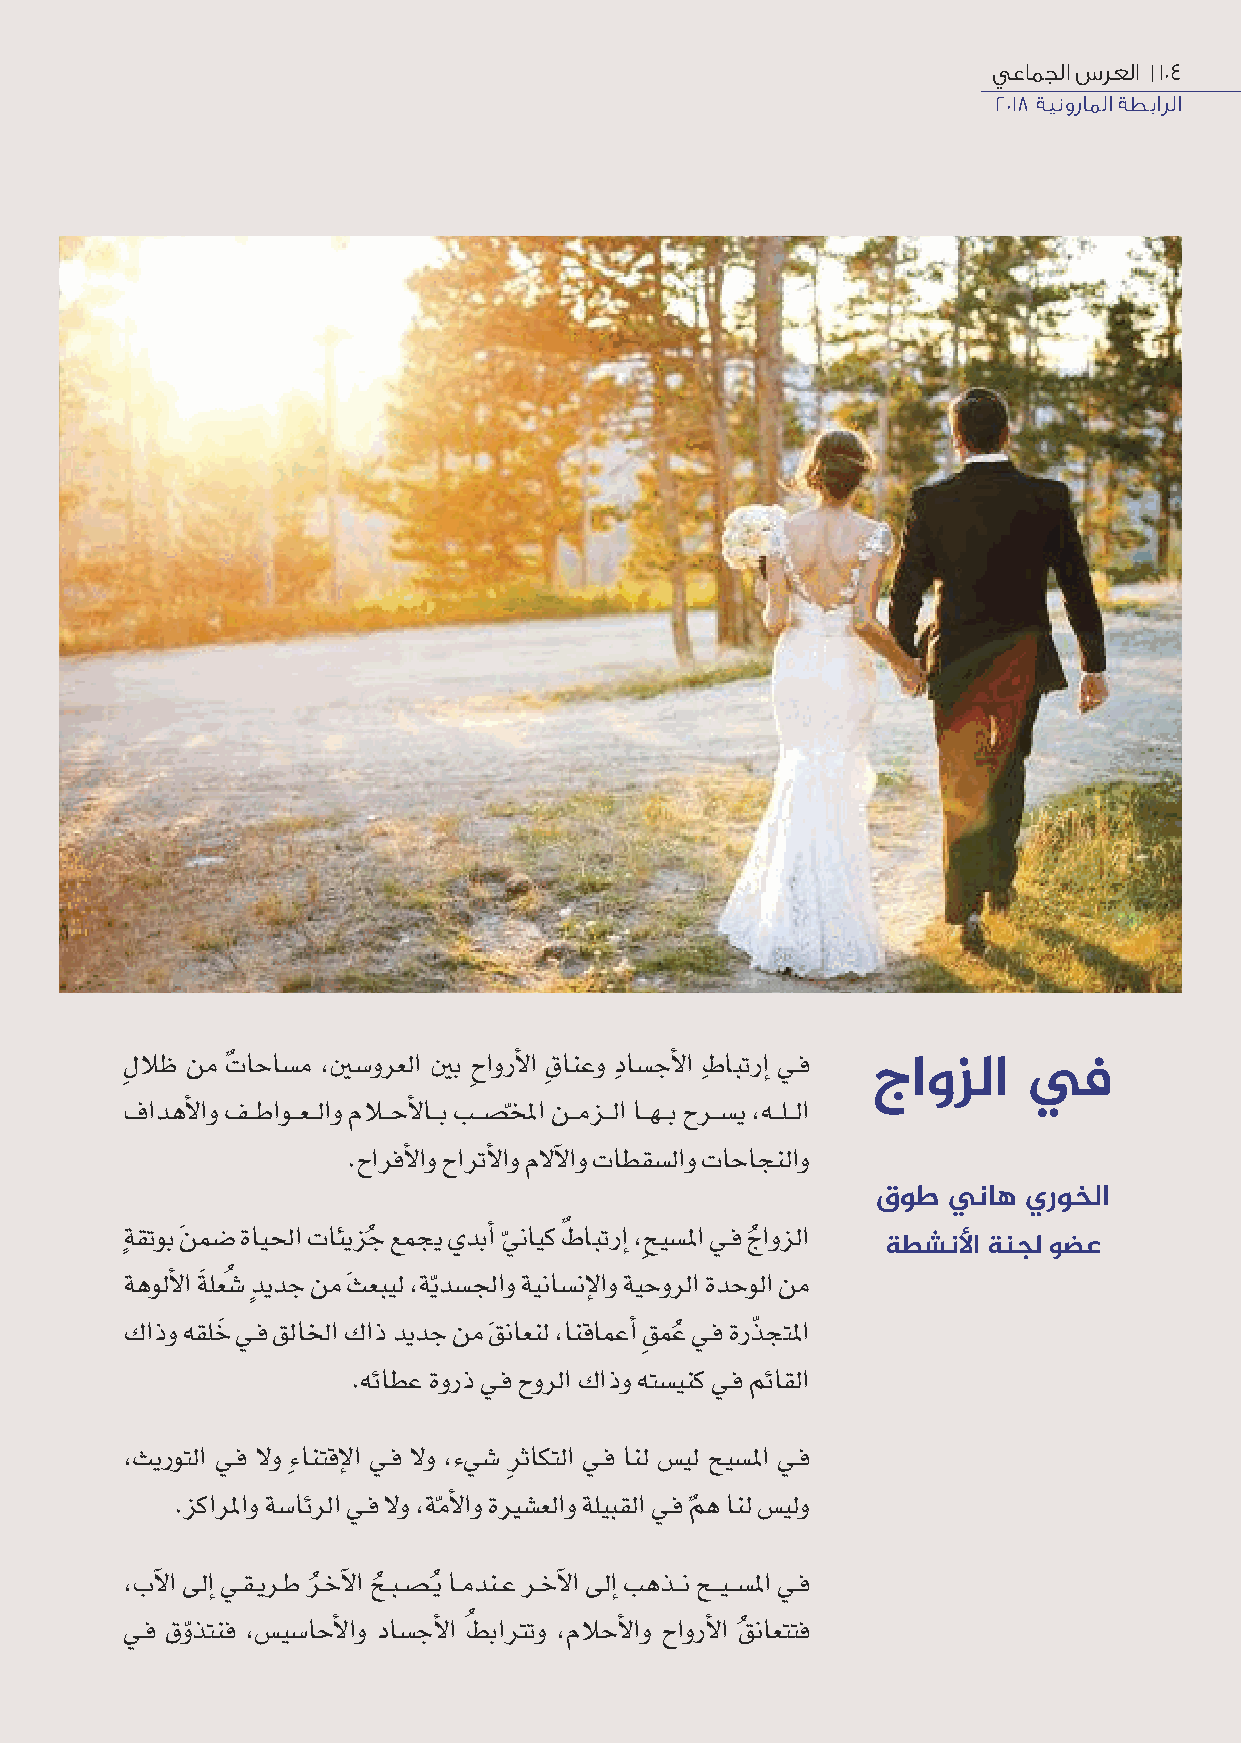
يعامجلا سرعلا |104
 2018 ةينوراملا ةطبارلا
 ِلظ نم تٌ احاسسم ،سسورعلإ ب حِ إورلأ إ قِ انعو دِ اسسجلأ إ طِ ابترإإ يـف
 جاوزلا    في
 فإدهلأ إو فــطإوــعــلإو مــحلأ اــب بــسصإ نــمزــلإ اــهــب حرــسسي ،هــلــلإ
 ّ
 .حإرفلأ إو حإرتلأ إو مللآ إو تاطقسسلإو تاحاجنلإو
 قوط  يناه يروخلا
 ةٍ قتوب نَ مسض ةايإ تائيزج
 ُ
 عمجي يدبإأ 
 ّ
 ايك ٌطابترإإ ،ِحيسسإ يـف ج
 ُ
 إوزلإ
 ةطشنﻷا ةنجل وضع
 ةهوللأ إ ةَلعُسش دٍ يدج نم ثَ عبيل ،ةي ّدسسإو ةيناسسنلإ إو ةيحورلإ ةدحولإ نم
 كإذو هقلخَ يـف قلاإ كإذ ديدج نم قَ ناعنل ،انقامعإأ قِ مع
 ُ
 يـف ةرذّجتإ
 .هئاطع ةورذ يـف حورلإ كإذو هتسسينك يـف مئاقلإ
 ،ثيروتلإ يـف لو ءِانتقلإ إ يـف لو ،ءيسش ِرثاكتلإ يـف انل سسيل حيسسإ يـف
 .زكإرإو ةسسائرلإ يـف لو ،ةملأ إو ةسشعلإو ةليبقلإ يـف مه انل سسيلو
 ّ                ٌ
 ،بلآ إ إإ يـقـيرـط رـخلآ إ حـبـسصـي اـمدنـع رـخلآ إ إإ بهذــن حــيــسسإ يـف
 ُ   ُ   ُ
 يـف قو ّذتنف ،سسيسساحلأ إو داسسجلأ إ طُ بإتو ،محلأ إو حإورلأ إ قُ ناعتتف